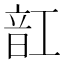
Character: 䪦